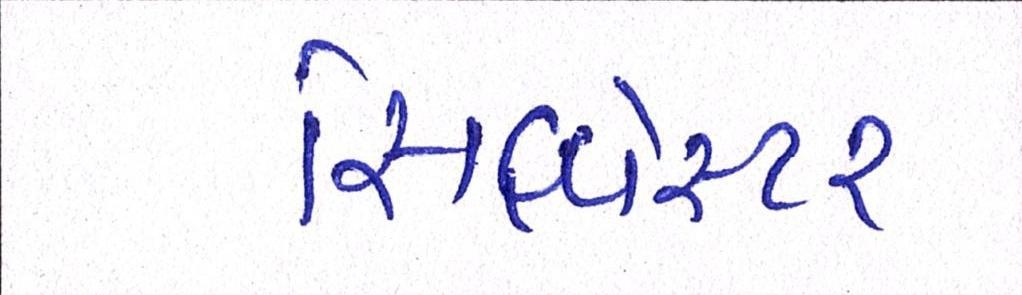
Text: સિલ્વેસ્ટર